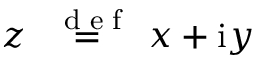
z \stackrel { \mathrm { ~ \tiny ~ { ~ d ~ e ~ f ~ } ~ } } { = } x + \mathrm { i } y